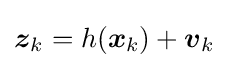
{\boldsymbol {z}}_{k}=h({\boldsymbol {x}}_{k})+{\boldsymbol {v}}_{k}